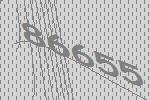
86655